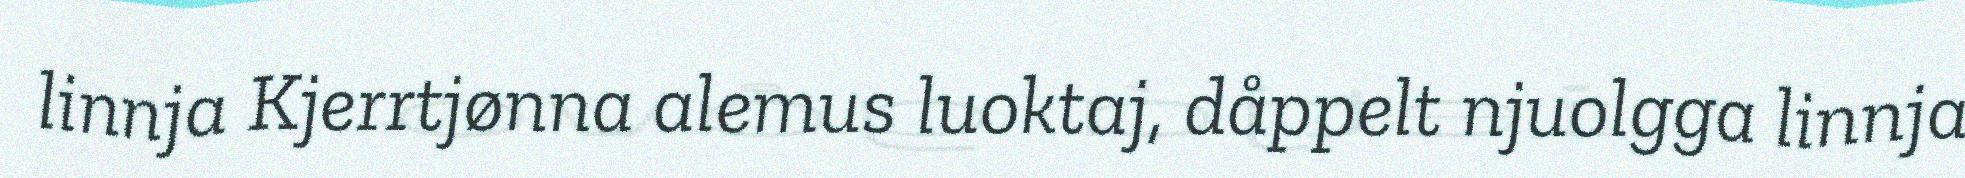
linnja Kjerrtjønna alemus luoktaj, dåppelt njuolgga linnja